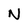
Character: N